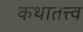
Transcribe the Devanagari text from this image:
कथातत्त्व